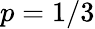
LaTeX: p=1/3